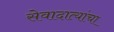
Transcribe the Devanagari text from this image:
सेवादात्यांचा